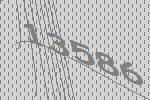
13586